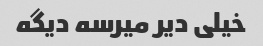
خیلی دیر میرسه دیگه